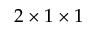
2 \times 1 \times 1